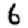
Digit: 6